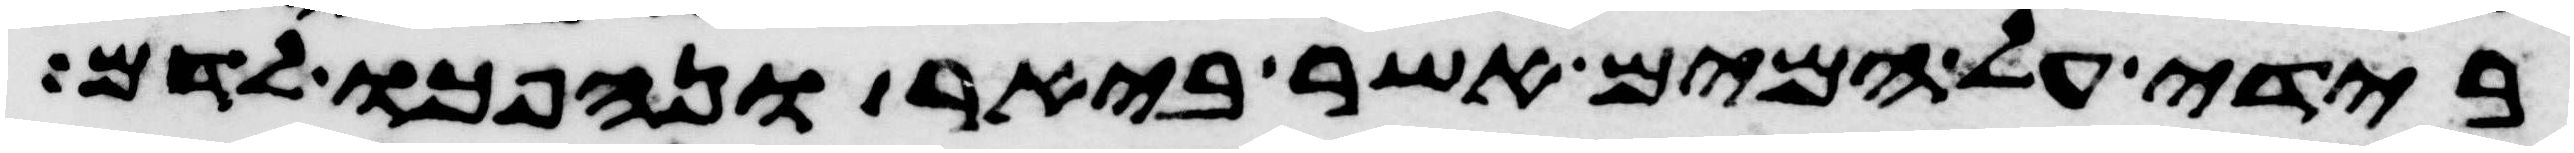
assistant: בידי על המים אשר ביאר ונהפכו לדם